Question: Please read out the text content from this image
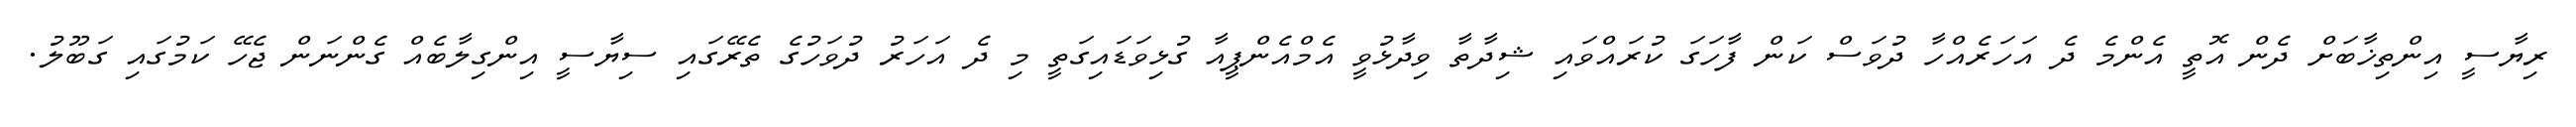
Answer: ރިޔާސީ އިންތިޚާބަށް ދެން އޮތީ އެންމެ ދެ އަހަރެއްހާ ދުވަސް ކަން ފާހަގަ ކުރައްވައި ޝިދާތާ ވިދާޅުވީ އެމްއެންޕީއާ ގުޅިވަޑައިގަތީ މި ދެ އަހަރު ދުވަހުގެ ތެރޭގައި ސިޔާސީ އިންގިލާބެއް ގެންނަން ޖެހޭ ކަމުގައި ގަބޫލު.